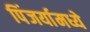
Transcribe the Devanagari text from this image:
पिंजर्यामध्ये